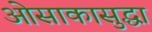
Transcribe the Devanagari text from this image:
ओसाकासुद्धा